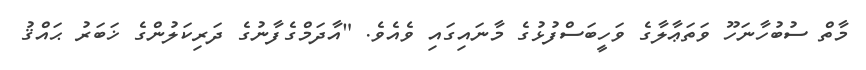
މާތް ސުބުހާނަހޫ ވަތަޢާލާގެ ވަހީބަސްފުޅުގެ މާނައިގައި ވެއެވެ. "އާދަމްގެފާނުގެ ދަރިކަލުންގެ ޚަބަރު ޙައްޤު